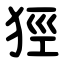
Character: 㹵